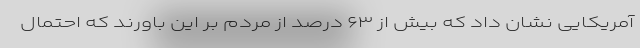
آمریکایی نشان داد که بیش از ۶۳ درصد از مردم بر این باورند که احتمال